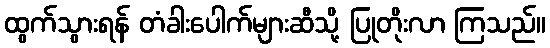
ထွက်သွားရန် တံခါးပေါက်များဆီသို့ ပြုတိုးလာ ကြသည်။